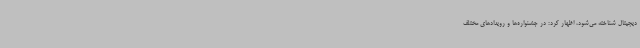
دیجیتال شناخته می‌شود، اظهار کرد: در جشنواره‌ها و رویدادهای مختلف